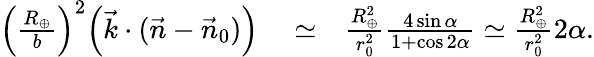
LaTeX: \begin{array}{rlr}{\Big(\frac{R_{\oplus}}{b}\Big)^{2}\Big({\vec{k}}\cdot({\vec{n}}-{\vec{n}}_{0})\Big)}&{{}\simeq}&{\frac{R_{\oplus}^{2}}{r_{0}^{2}}\frac{4\sin\alpha}{1+\cos 2\alpha}\simeq\frac{R_{\oplus}^{2}}{r_{0}^{2}}2\alpha.}\end{array}